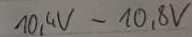
Text: 10,4V-10,8V